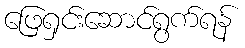
ဖြေရှင်းဆောင်ရွက်ရန်